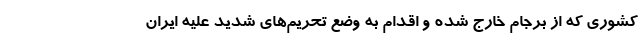
کشوری که از برجام خارج شده و اقدام به وضع تحریم‌های شدید علیه ایران